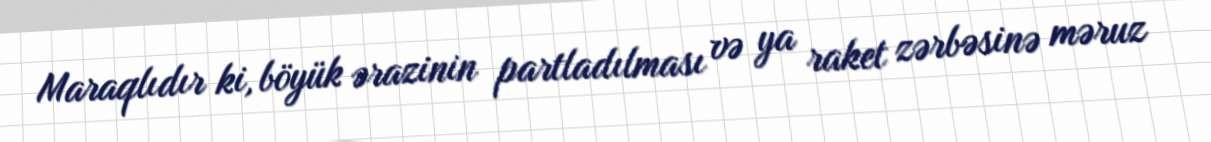
Maraqlıdır ki, böyük ərazinin partladılması və ya raket zərbəsinə məruz